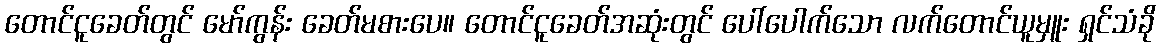
တောင်ငူခေတ်တွင် မော်ကွန်း ခေတ်မစားပေ။ တောင်ငူခေတ်အဆုံးတွင် ပေါ်ပေါက်သော လက်တောင်ယူမှူး ရှင်သံခို